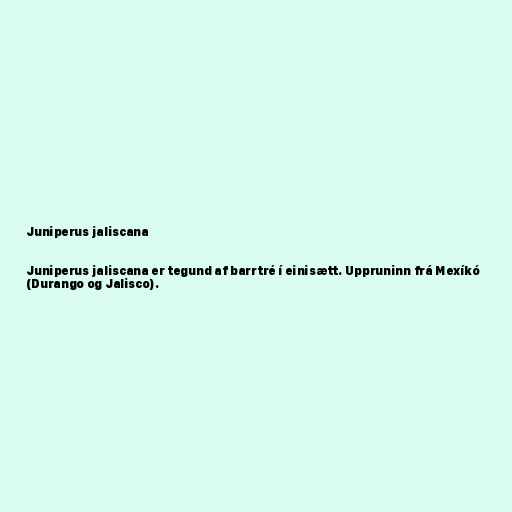
Juniperus jaliscana

Juniperus jaliscana er tegund af barrtré í einisætt. Uppruninn frá Mexíkó
(Durango og Jalisco).